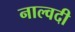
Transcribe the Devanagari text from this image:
नाल्वदी